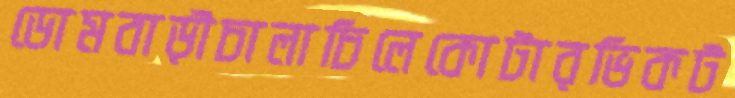
ডোমবাড়ীচালাচিলেকোটারভিকট